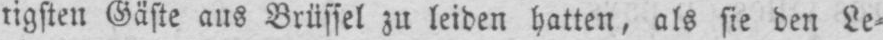
tigsten Gäste aus Brüssel zu leiden hatten, als sie den Le⸗